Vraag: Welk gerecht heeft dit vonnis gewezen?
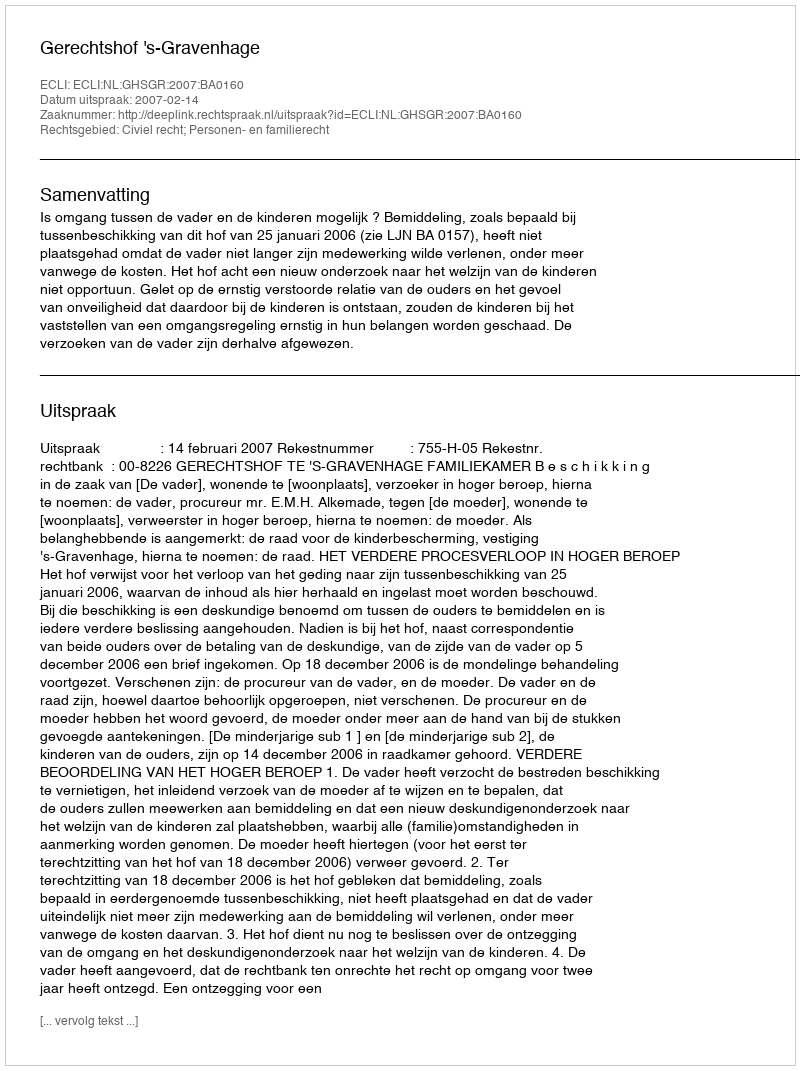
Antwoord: Gerechtshof 's-Gravenhage